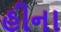
હીના